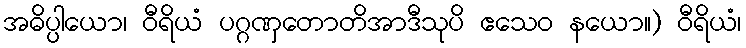
အဓိပ္ပါယော၊ ဝီရိယံ ပဂ္ဂဏှတောတိအာဒီသုပိ ဧသေဝ နယော။) ဝီရိယံ၊